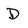
Character: D